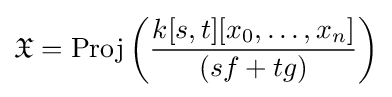
{\mathfrak {X}}={\text{Proj}}\left({\frac {k[s,t][x_{0},\ldots ,x_{n}]}{(sf+tg)}}\right)